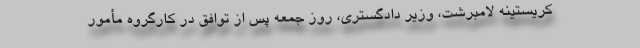
کریستینه لامبرشت، وزیر دادگستری، روز جمعه پس از توافق در کارگروه مأمور